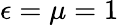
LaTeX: \epsilon=\mu=1